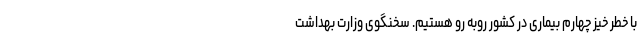
با خطر خیز چهارم بیماری در کشور روبه رو هستیم. سخنگوی وزارت بهداشت